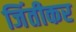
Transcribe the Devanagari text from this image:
जिंतीकर